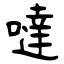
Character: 噠